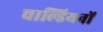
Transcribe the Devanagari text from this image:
चाल्डियनों